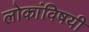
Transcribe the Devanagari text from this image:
लोकांविषयी